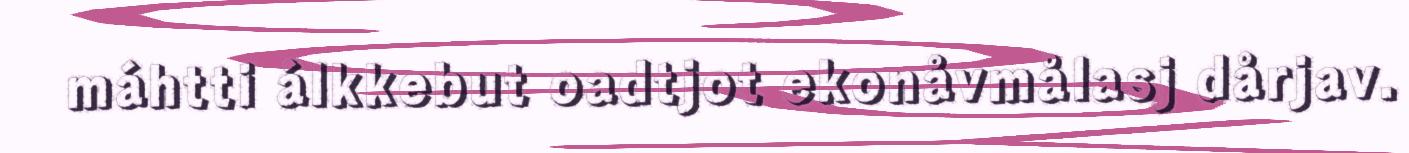
máhtti álkkebut oadtjot ekonåvmålasj dårjav.